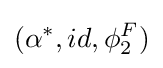
(\alpha ^{*},id,\phi _{2}^{F})